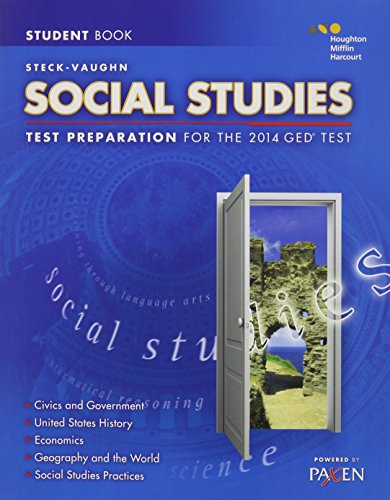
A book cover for Steck-Vaughn GED: Test Preparation Student Edition Social Studies 2014; STECK-VAUGHN; Test Preparation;